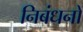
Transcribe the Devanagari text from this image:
निबंधनों